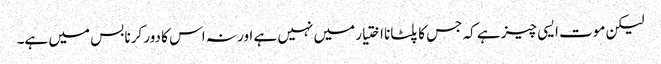
لیکن موت ایسی چیز ہے کہ جس کا پلٹانا اختیار میں نہیں ہے اور نہ اس کا دور کرنا بس میں ہے۔